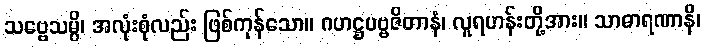
သဗ္ဗေသမ္ပိ၊ အလုံးစုံလည်း ဖြစ်ကုန်သော။ ဂဟဋ္ဌပဗ္ဗဇိတာနံ၊ လူရဟန်းတို့အား။ သာဓာရဏာနိ၊